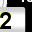
Digit: 2